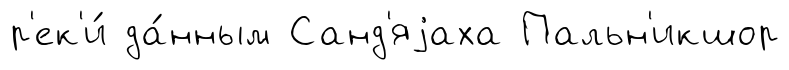
р'ек'и́ да́нным Санд'яjаха Пальн'икшор